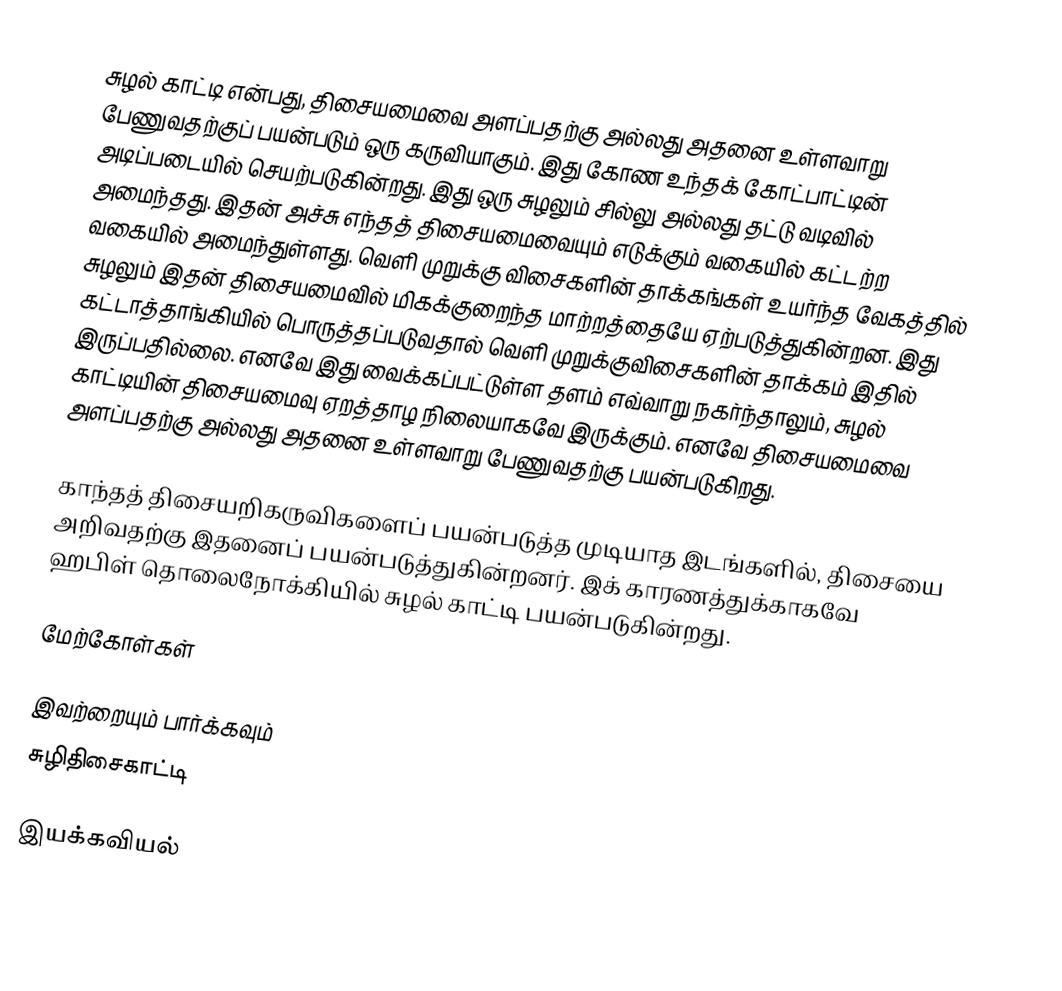
சுழல் காட்டி என்பது, திசையமைவை அளப்பதற்கு அல்லது அதனை உள்ளவாறு பேணுவதற்குப் பயன்படும் ஒரு கருவியாகும். இது கோண உந்தக் கோட்பாட்டின் அடிப்படையில் செயற்படுகின்றது. இது ஒரு சுழலும் சில்லு அல்லது தட்டு வடிவில் அமைந்தது. இதன் அச்சு எந்தத் திசையமைவையும் எடுக்கும் வகையில் கட்டற்ற வகையில் அமைந்துள்ளது. வெளி முறுக்கு விசைகளின் தாக்கங்கள் உயர்ந்த வேகத்தில் சுழலும் இதன் திசையமைவில் மிகக்குறைந்த மாற்றத்தையே ஏற்படுத்துகின்றன. இது கட்டாத்தாங்கியில் பொருத்தப்படுவதால் வெளி முறுக்குவிசைகளின் தாக்கம் இதில் இருப்பதில்லை. எனவே இது வைக்கப்பட்டுள்ள தளம் எவ்வாறு நகர்ந்தாலும், சுழல் காட்டியின் திசையமைவு ஏறத்தாழ நிலையாகவே இருக்கும். எனவே திசையமைவை அளப்பதற்கு அல்லது அதனை உள்ளவாறு பேணுவதற்கு பயன்படுகிறது.

காந்தத் திசையறிகருவிகளைப் பயன்படுத்த முடியாத இடங்களில், திசையை அறிவதற்கு இதனைப் பயன்படுத்துகின்றனர். இக் காரணத்துக்காகவே ஹபிள் தொலைநோக்கியில் சுழல் காட்டி பயன்படுகின்றது.

மேற்கோள்கள்

இவற்றையும் பார்க்கவும்
 சுழிதிசைகாட்டி

இயக்கவியல்